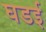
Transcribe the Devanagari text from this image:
घडई